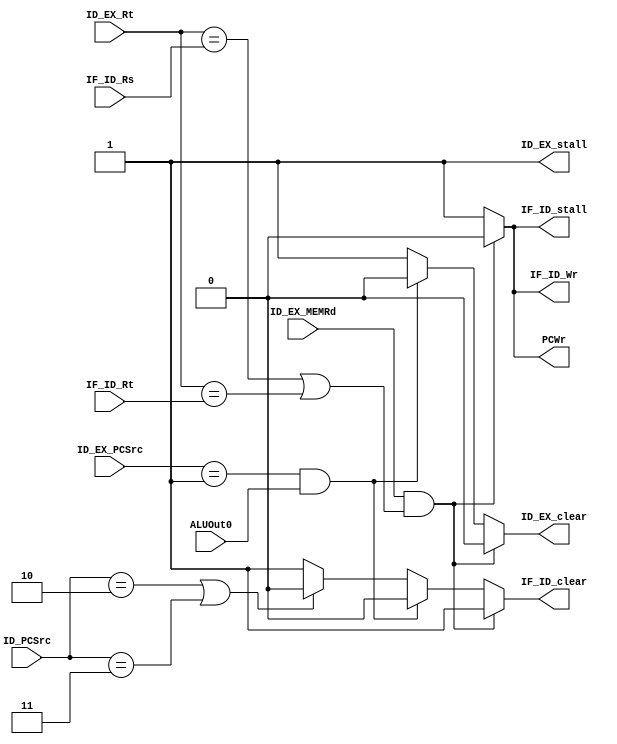
module Pipeline_hazard(ID_EX_MEMRd,ALUOut0,ID_EX_Rt,IF_ID_Rs,IF_ID_Rt,ID_PCSrc,ID_EX_PCSrc,IF_ID_Wr,PCWr,IF_ID_clear,
ID_EX_clear,IF_ID_stall,ID_EX_stall);
	input ID_EX_MEMRd,ALUOut0;
	input [4:0] ID_EX_Rt,IF_ID_Rs,IF_ID_Rt;
	input [2:0] ID_PCSrc,ID_EX_PCSrc;
	output reg IF_ID_Wr,PCWr;
	
	//clear pipeline registers, Clear active low
	output reg IF_ID_clear,ID_EX_clear;
	output reg IF_ID_stall,ID_EX_stall;

	always @(*) begin
		
		if(ID_EX_MEMRd && (ID_EX_Rt == IF_ID_Rs || ID_EX_Rt == IF_ID_Rt) )//data hazard stall,lw-use
		begin
				IF_ID_clear <= 1'b1;
				ID_EX_clear <= 1'b0;
				IF_ID_stall <= 1'b0;
				ID_EX_stall <= 1'b1;
				IF_ID_Wr <= 1'b0;
				PCWr <= 1'b0;
		end
			//branch
		else if(ID_EX_PCSrc == 3'b001 && ALUOut0 == 1'b1) begin
				IF_ID_clear <= 1'b0;
				ID_EX_clear <= 1'b0;
				IF_ID_stall <= 1'b1;
				ID_EX_stall <= 1'b1;
				IF_ID_Wr <= 1'b1;
				PCWr <= 1'b1;
				
		end
			//j jr
		else if(ID_PCSrc == 3'b010 || ID_PCSrc == 3'b011) begin
				IF_ID_clear <= 1'b0;
				ID_EX_clear <= 1'b1;
				IF_ID_stall <= 1'b1;
				ID_EX_stall <= 1'b1;
				IF_ID_Wr <= 1'b1;
				PCWr <= 1'b1;
				
		end
		else begin
				IF_ID_clear <= 1'b1;
				ID_EX_clear <= 1'b1;
				IF_ID_stall <= 1'b1;
				ID_EX_stall <= 1'b1;
				IF_ID_Wr <= 1'b1;
				PCWr <= 1'b1;
		end
	end
	
endmodule